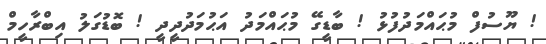
! ޔޫސުފް މުޙައްމަދުފުޅު ! ބާޑީގޭ މުޙައްމަދު އަޙުމަދުދީދީ ! ބޮޑުގަލު އިބްރާހީމް